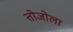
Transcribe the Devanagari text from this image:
तोजोला